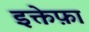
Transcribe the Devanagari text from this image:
इक्तेफ़ा